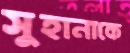
সুহানাকে